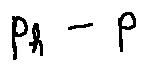
p _ { h } - p